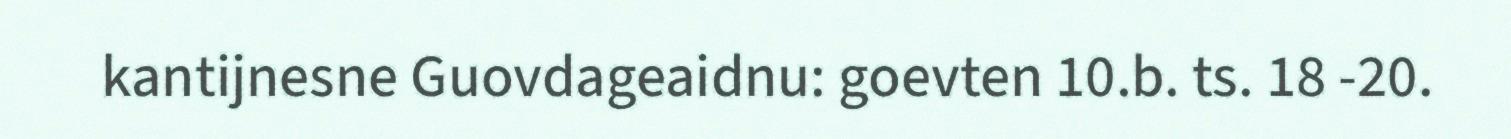
kantijnesne Guovdageaidnu: goevten 10.b. ts. 18 -20.